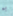
به